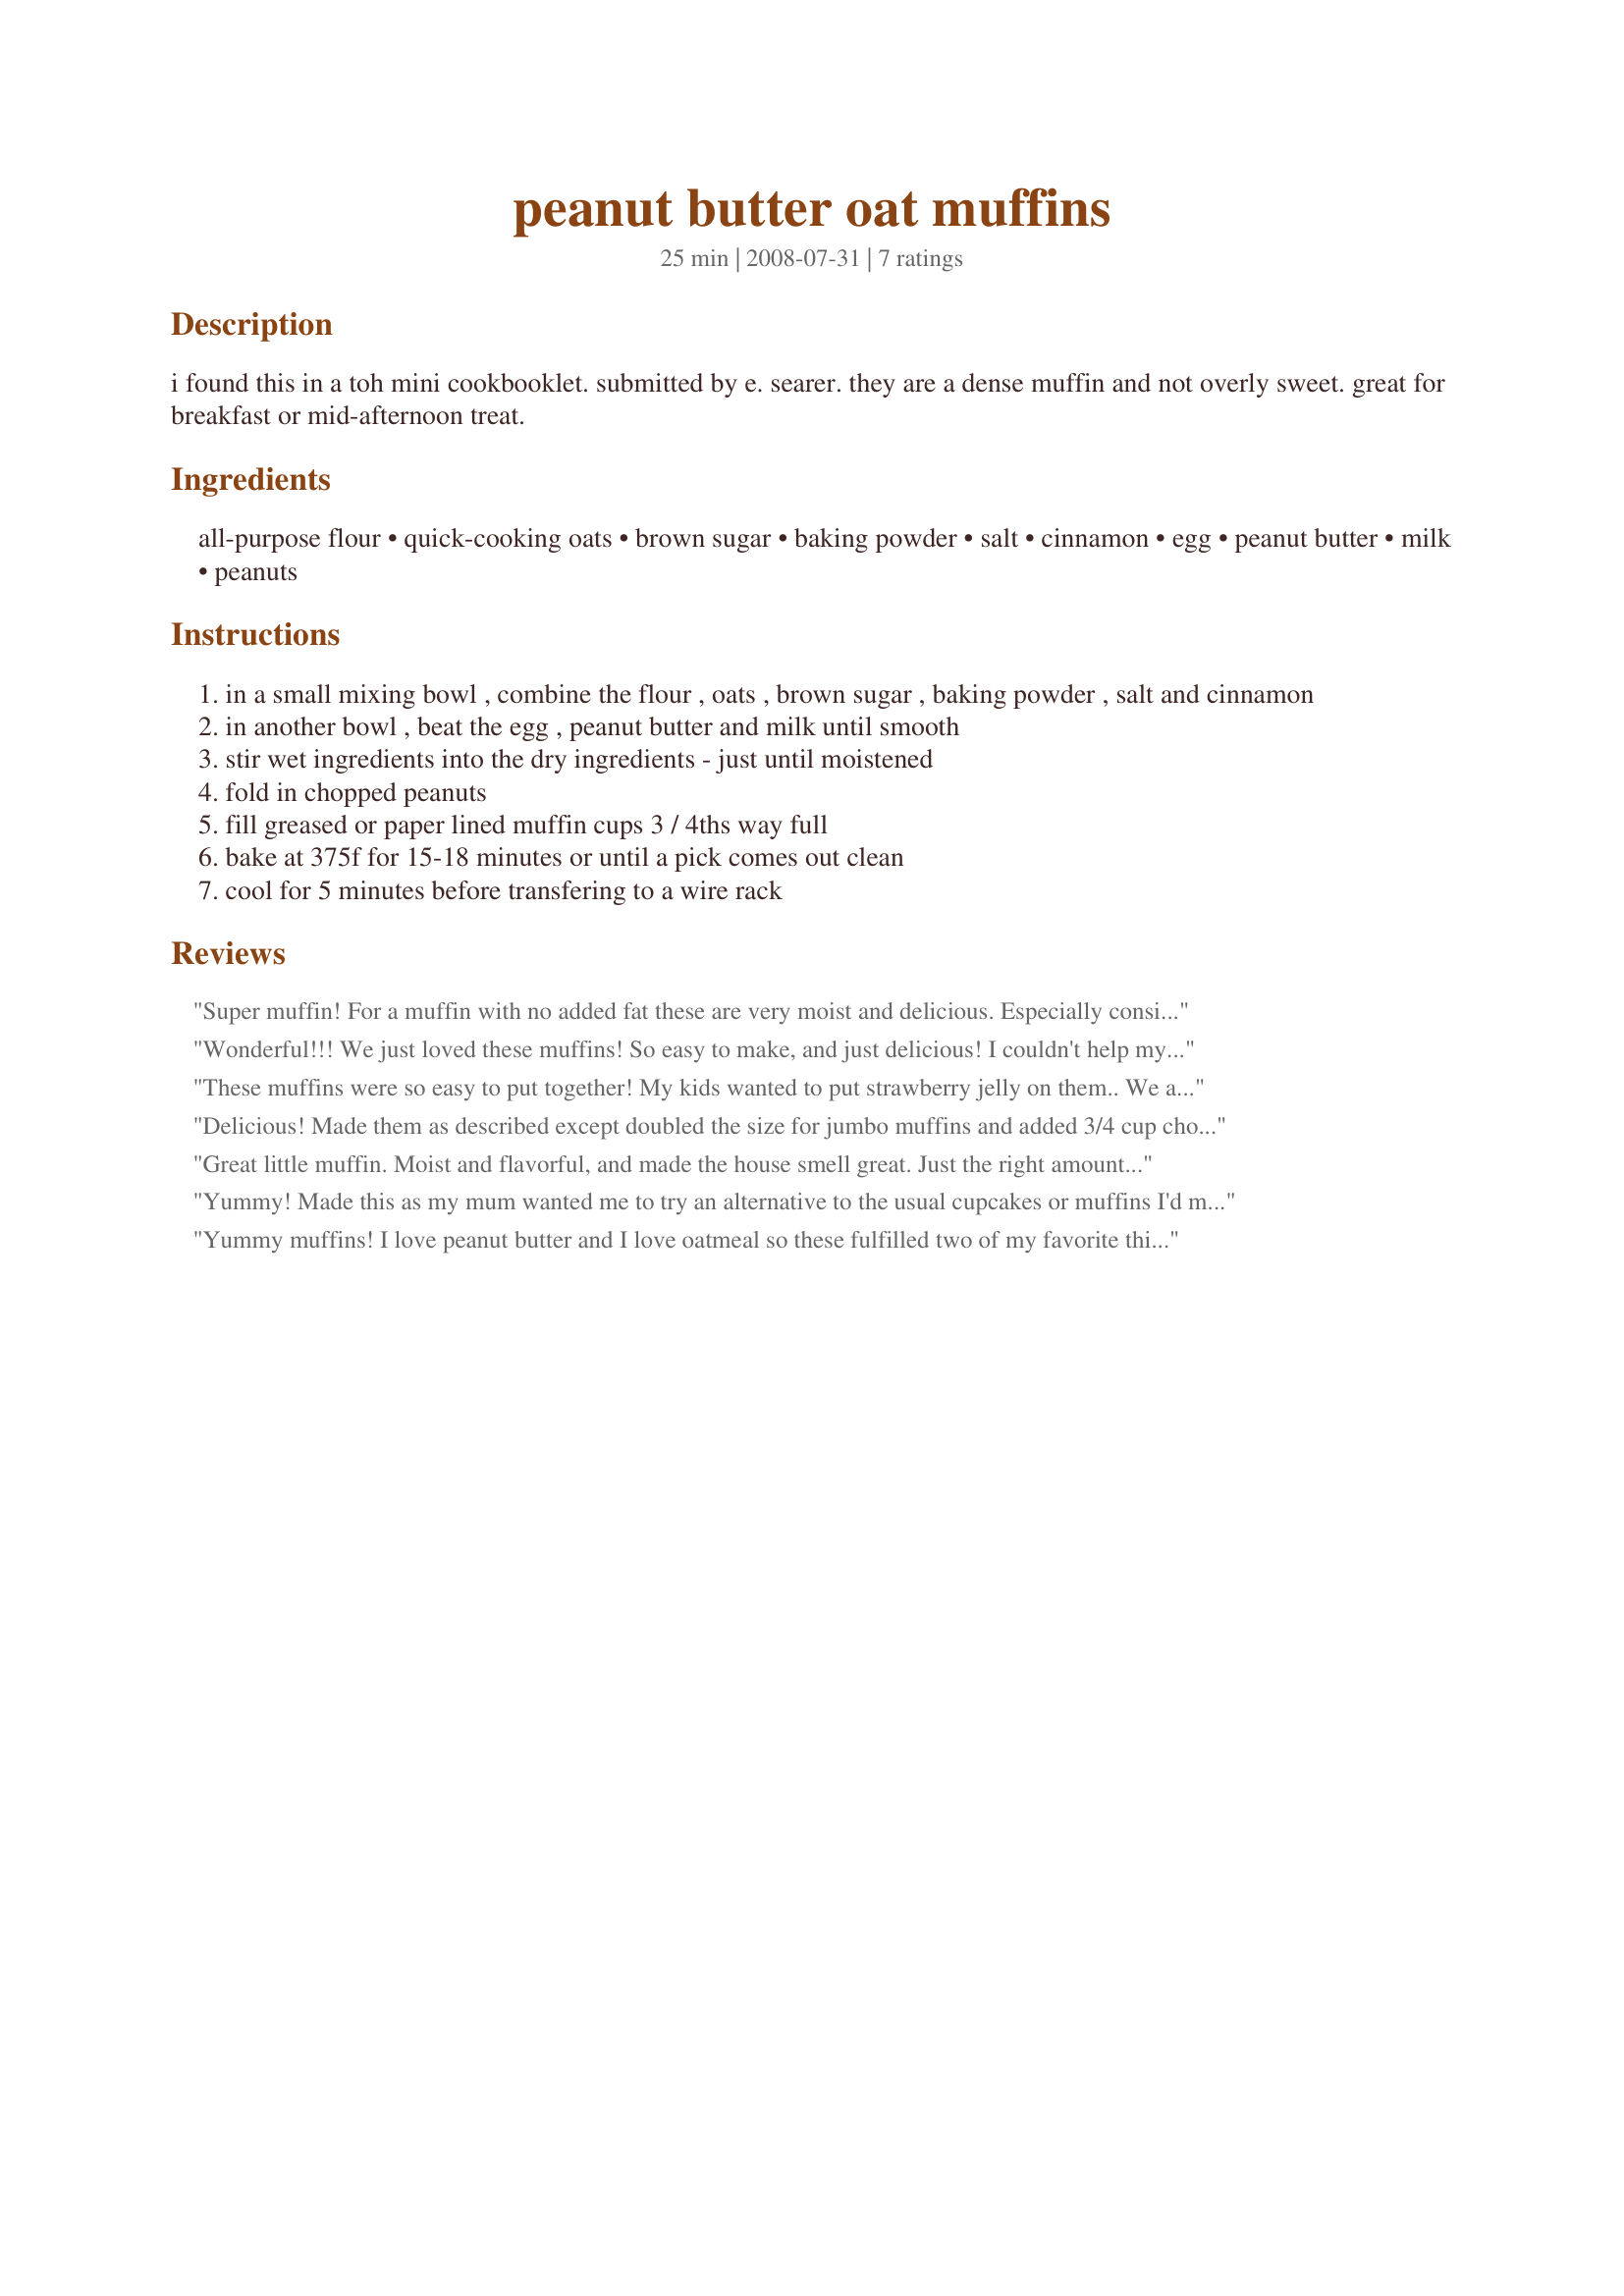
peanut butter oat muffins
Preparation time: 25 minutes

i found this in a toh mini cookbooklet. submitted by e. searer. they are a dense muffin and not overly sweet. great for breakfast or mid-afternoon treat.

Ingredients:
all-purpose flour, quick-cooking oats, brown sugar, baking powder, salt, cinnamon, egg, peanut butter, milk, peanuts

Steps:
in a small mixing bowl , combine the flour , oats , brown sugar , baking powder , salt and cinnamon
in another bowl , beat the egg , peanut butter and milk until smooth
stir wet ingredients into the dry ingredients - just until moistened
fold in chopped peanuts
fill greased or paper lined muffin cups 3 / 4ths way full
bake at 375f for 15-18 minutes or until a pick comes out clean
cool for 5 minutes before transfering to a wire rack

Reviews:
Super muffin! For a muffin with no added fat these are very moist and delicious. Especially considering that made them with 3/4 cop whole wheat flour and 1/2 cup of all purpose and used Porridge Oats (a mix of old fashioned oats, oat bran, crushed flax seed an other very high fibrous things that are really good for you). Adams peanut butter (a natural brand that has NO added fat or sugar and salt is even optional) is that only brand that I buy and all I have on hand right now is smooth but I wanted the nut crunch so I rough chopped some cashews and tossed them in........YUM. Oh! and I used a 3/4 cup half full of Splenda Brown. This is a keeper recipe for sure. Made for Almost 5 Game 2011.
Wonderful!!! We just loved these muffins! So easy to make, and just delicious! I couldn't help myself, I had to add 2 very ripe bananas sitting on my counter. Yummy! I did double the recipe and got 12 jumbo muffins. Thank you Mel! I will be making these gems often! Made for 1.2.3 Hits Tag
These muffins were so easy to put together! My kids wanted to put strawberry jelly on them.. We all loved them! Made just as posted except I used soy milk so that my milk allergic son could eat these too. Thanks for posting this. Made for kid friendly recipe tag!
Delicious! Made them as described except doubled the size for jumbo muffins and added 3/4 cup chocolate chips.
Great little muffin. Moist and flavorful, and made the house smell great. Just the right amount of sweetness.
Yummy! Made this as my mum wanted me to try an alternative to the usual cupcakes or muffins I'd make. Definitely making these again and I'll add in chocolate chips next time too!!
Yummy muffins! I love peanut butter and I love oatmeal so these fulfilled two of my favorite things for breakfast and they made a great traveling breakfast. They were also very easy to convert to gluten free. I also added 2T ground flax seed. Will definitely make these again. Thanks for posting these Hokies! Made for 1~2~3 Hits.
